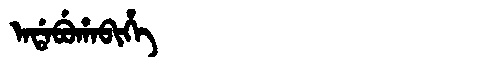
Manchu: ᠠᡩᠠᠪᡠᡥᠠᠪᡳᡥᡝ
Romanization: ADABUHABIHE